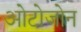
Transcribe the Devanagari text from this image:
ओटोजोन